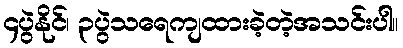
၄ပွဲနိုင်၊ ၃ပွဲသရေကျထားခဲ့တဲ့အသင်းပါ။